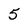
Character: 5